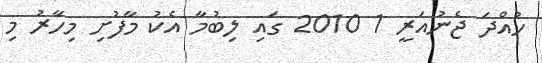
ހުއްދަ ޖެނުއަރީ 1 2010 ގައި ލިބުމާ އެކު މާފުށި މިހާރު މި